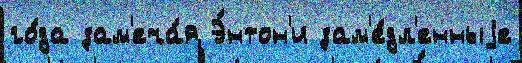
го́да зам'еча́я Э́нтон'и зам'е́дл'енныjе